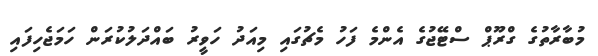
މުބާރާތުގެ ގްރޫޕް ސްޓޭޖުގެ އެންމެ ފަހު މެޗުގައި މިއަދު ހަވީރު ބައްދަލުކުރަން ހަމަޖެހިފައި